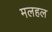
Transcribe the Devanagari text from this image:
मलहल